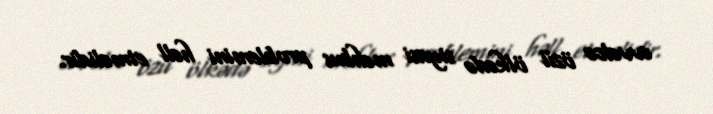
əvvəlcə özü ölkədə siyasi məhbus problemini həll etməlidir.